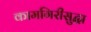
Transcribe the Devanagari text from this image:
कामगिरीसुद्धा